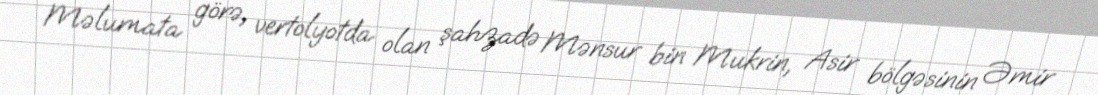
Məlumata görə, vertolyotda olan şahzadə Mənsur bin Mukrin, Asir bölgəsinin Əmir